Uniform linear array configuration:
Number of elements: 24
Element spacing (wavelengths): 0.75
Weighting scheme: exponential
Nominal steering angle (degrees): -15
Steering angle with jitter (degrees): -15.313
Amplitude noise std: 0.05
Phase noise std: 0.05

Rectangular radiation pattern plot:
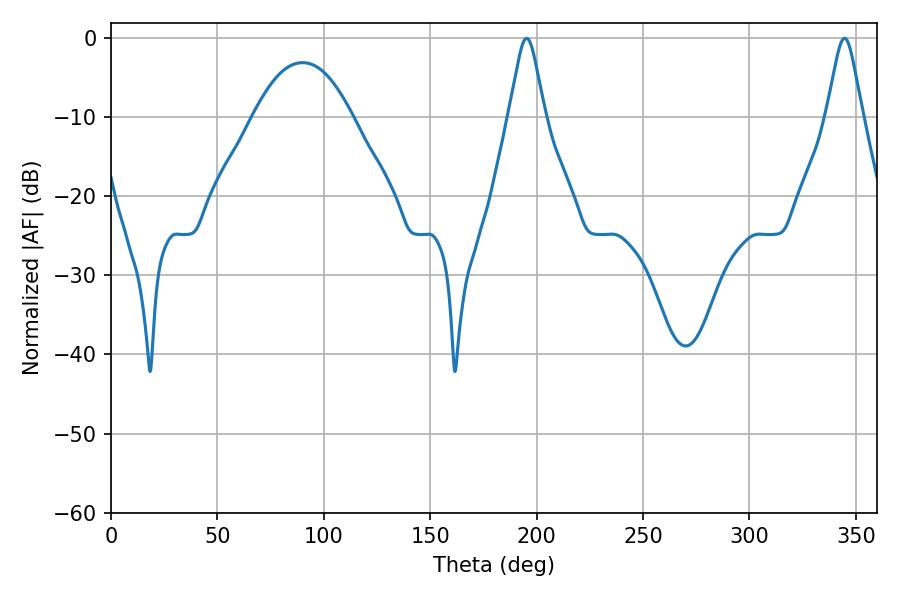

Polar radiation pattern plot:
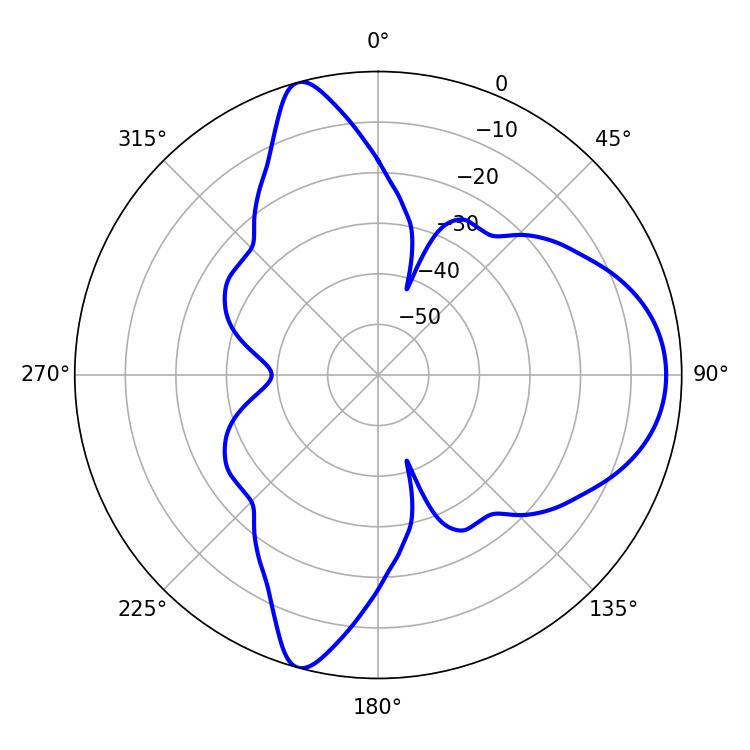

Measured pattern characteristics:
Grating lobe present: TRUE
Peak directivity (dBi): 10.181
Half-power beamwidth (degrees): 7.92
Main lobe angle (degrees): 195.3